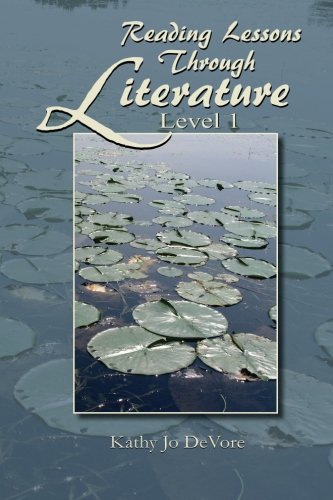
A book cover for Reading Lessons Through Literature Level 1; Kathy Jo DeVore; Reference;